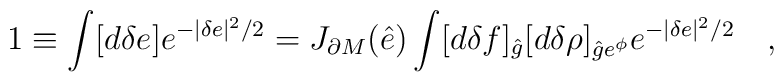
1 \equiv \int [d \delta e ] e^{-|\delta e |^2/2 } =  J_{\partial M} (\hat e) \int [d \delta f]_{\hat g} [d \delta   \rho ]_{{\hat g}e^{\phi}}    e^{-|\delta e|^2/2} \quad ,